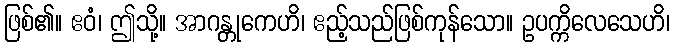
ဖြစ်၏။ ဧဝံ၊ ဤသို့။ အာဂန္တုကေဟိ၊ ဧည့်သည်ဖြစ်ကုန်သော။ ဥပက္ကိလေသေဟိ၊